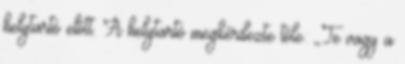
helytartó előtt. A helytartó megkérdezte tőle: ,,Te vagy a